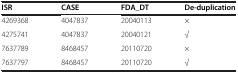
<table><thead><tr><td><b>ISR</b></td><td><b>CASE</b></td><td><b>FDA_DT</b></td><td><b>De-duplication</b></td></tr></thead><tbody><tr><td>4269368</td><td>4047837</td><td>20040113</td><td>×</td></tr><tr><td>4275741</td><td>4047837</td><td>20040121</td><td>√</td></tr><tr><td>7637789</td><td>8468457</td><td>20110720</td><td>×</td></tr><tr><td>7637797</td><td>8468457</td><td>20110720</td><td>√</td></tr></tbody></table>